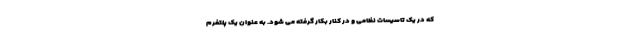
که در یک تاسیسات نظامی و در کنار بکار گرفته می شود. به عنوان یک پلتفرم